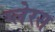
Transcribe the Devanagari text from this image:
ग्लेरस